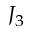
J _ { 3 }